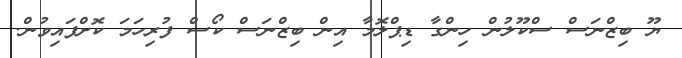
ޔޫ ބިޒްނަސް ސްކޫލުން ހިންގާ ޑިޕްލޮމާ އިން ބިޒްނަސް ކޯސް ފުރިހަމަ ކޮށްފައިވުން.